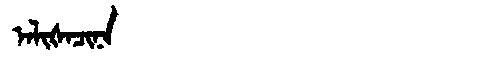
Manchu: ᠠᠯᡳᡧᠠᠴᡳᠨᠠ
Romanization: ALIŠACINA